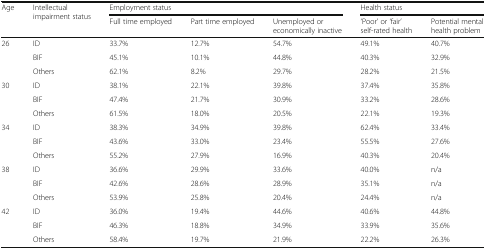
| <ROWSPAN=2> Age | <ROWSPAN=2> Intellectual impairment status | <COLSPAN=3> Employment status | <COLSPAN=2> Health status |
 | Full time employed | Part time employed | Unemployed or economically inactive | ‘Poor’ or ‘fair’ self-rated health | Potential mental health problem |
 | --- | --- | --- | --- | --- | --- | --- |
 | <ROWSPAN=3> 26 | ID | 33.7% | 12.7% | 54.7% | 49.1% | 40.7% |
 | BIF | 45.1% | 10.1% | 44.8% | 40.3% | 32.9% |
 | Others | 62.1% | 8.2% | 29.7% | 28.2% | 21.5% |
 | <ROWSPAN=3> 30 | ID | 38.1% | 22.1% | 39.8% | 37.4% | 35.8% |
 | BIF | 47.4% | 21.7% | 30.9% | 33.2% | 28.6% |
 | Others | 61.5% | 18.0% | 20.5% | 22.1% | 19.3% |
 | <ROWSPAN=3> 34 | ID | 38.3% | 34.9% | 39.8% | 62.4% | 33.4% |
 | BIF | 43.6% | 33.0% | 23.4% | 55.5% | 27.6% |
 | Others | 55.2% | 27.9% | 16.9% | 40.3% | 20.4% |
 | <ROWSPAN=3> 38 | ID | 36.6% | 29.9% | 33.6% | 40.0% | n/a |
 | BIF | 42.6% | 28.6% | 28.9% | 35.1% | n/a |
 | Others | 53.9% | 25.8% | 20.4% | 24.4% | n/a |
 | <ROWSPAN=3> 42 | ID | 36.0% | 19.4% | 44.6% | 40.6% | 44.8% |
 | BIF | 46.3% | 18.8% | 34.9% | 33.9% | 35.6% |
 | Others | 58.4% | 19.7% | 21.9% | 22.2% | 26.3% |